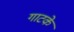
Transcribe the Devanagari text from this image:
गाटके